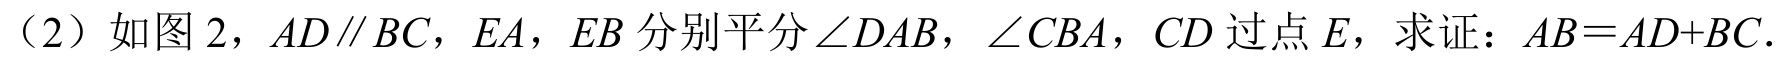
（2）如图 2，\(AD\parallel BC\)，\(EA\)，\(EB\) 分别平分 \(\angle DAB\)，\(\angle CBA\)，\(CD\) 过点 \(E\)，求证：\(AB = AD + BC\).